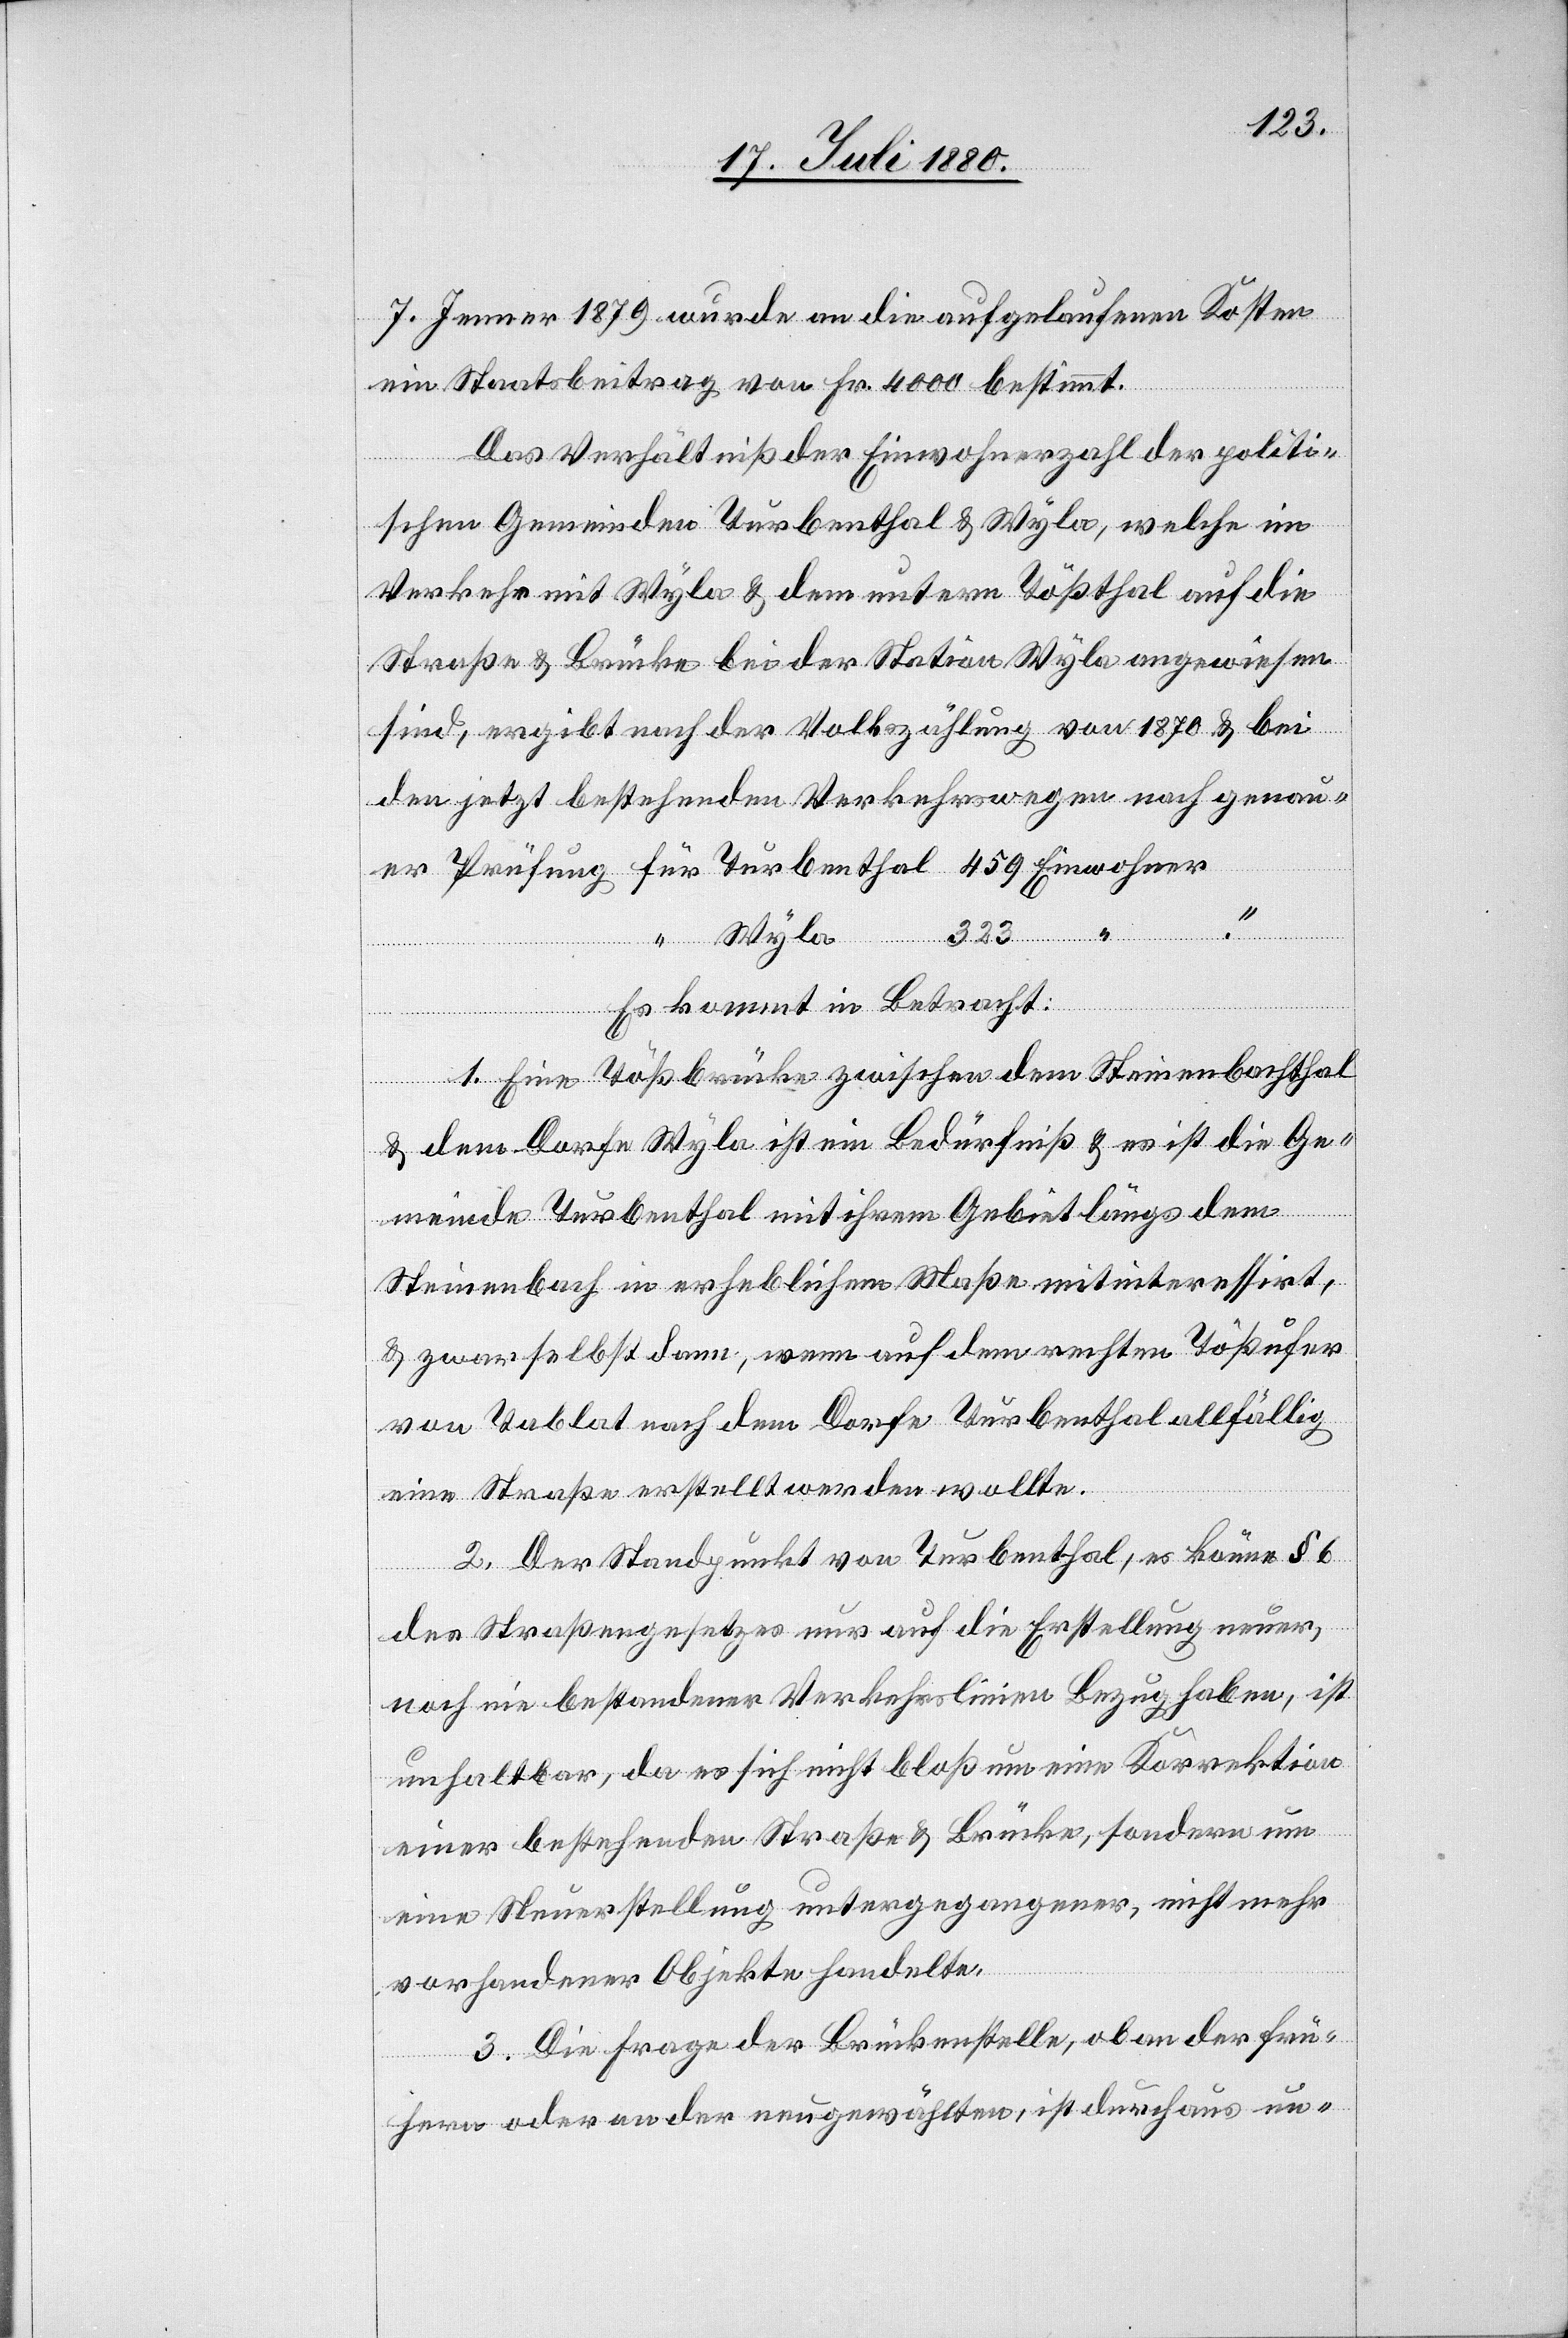
ner
7. Jenner 1879 wurde an die aufgelaufenen Kosten
ein Staatsbeitrag von Fr. 4000 bestimmt.
Das Verhältniß der Einwohnerzahl der politi¬
schen Gemeinden Turbenthal und Wyla, welche im
Verkehr mit Wyla & dem unterm Tößthal auf die
Straße & Brücke bei der Station Wyla angewiesen
sind, ergibt nach der Volkszählung von 1870 & bei
rswegen
Einwoh¬
Wyla
Es kommt in Betracht:
1. Eine Tößbrücke zwischen dem Steinenbachthal
& dem Dorfe Wyla ist ein Bedürfniß & es ist die Ge¬
meinde Turbenthal mit ihrem Gebiet längs dem
Steinenbach in erheblichem Maße mit interessirt,
& zwar selbst dann, wenn auf dem rechten Tößufer
von Tablat nach dem Dorfe Turbenthal allfällig
eine Straße erstellt werden wollte.
2. Der Standpunkt von Turbenthal, es könne § 6
des Straßengesetzes nur auf die Erstellung neuer,
noch nie bestandener Verkehrslinie Bezug haben, ist
unhaltbar, da es sich nicht bloß um eine Korrektion
einer bestehenden Straße & Brücke, sondern um
eine Neuerstellung untergegangener, nicht mehr
vorhandener Objekte handelte.
3. Die Frage der Brückenstelle, ob an der frü¬
hern oder an der neugewählten, ist durchaus un-